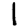
Digit: 1